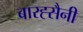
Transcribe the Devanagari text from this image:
बारह्सैनी